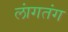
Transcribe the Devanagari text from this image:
लांगतंग